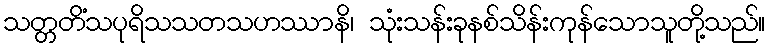
သတ္တတိံသပုရိသသတသဟဿာနိ၊ သုံးသန်းခုနစ်သိန်းကုန်သောသူတို့သည်။